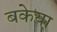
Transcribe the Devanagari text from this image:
बकेया